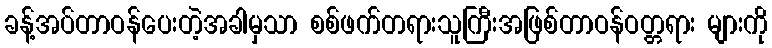
ခန့်အပ်တာဝန်ပေးတဲ့အခါမှသာ စစ်ဖက်တရားသူကြီးအဖြစ်တာဝန်ဝတ္တရား များကို